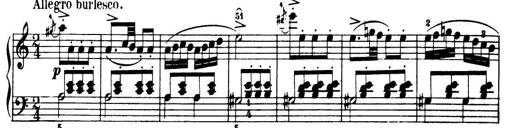
Title: 32 Sonatinas and Rondos for the Piano
Composer: Richard Kleinmichel